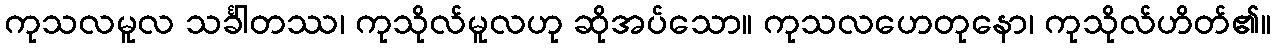
ကုသလမူလ သင်္ခါတဿ၊ ကုသိုလ်မူလဟု ဆိုအပ်သော။ ကုသလဟေတုနော၊ ကုသိုလ်ဟိတ်၏။